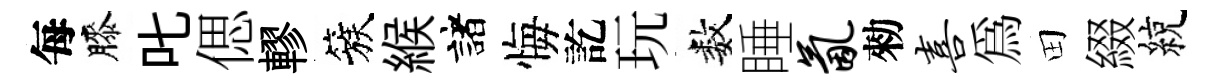
每膝叱偲轇簇緱諸悔訖玩数睡氤勑喜爲田綴綂